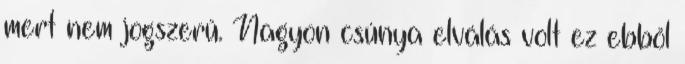
mert nem jogszerű. Nagyon csúnya elválás volt ez ebből